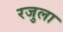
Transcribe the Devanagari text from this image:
रजुला